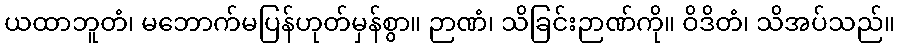
ယထာဘူတံ၊ မဘောက်မပြန်ဟုတ်မှန်စွာ။ ဉာဏံ၊ သိခြင်းဉာဏ်ကို။ ဝိဒိတံ၊ သိအပ်သည်။